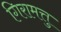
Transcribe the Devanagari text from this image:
गिरामत्तु